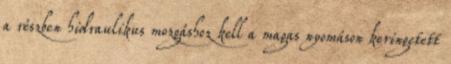
a részben hidraulikus mozgáshoz kell a magas nyomáson keringetett